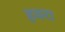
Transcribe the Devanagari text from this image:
हवरा